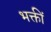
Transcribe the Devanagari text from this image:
भक्तीं